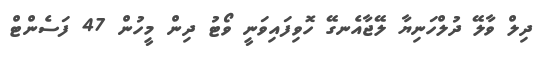
ދިލް ވާލޭ ދުލްހަނިޔާ ލޭޖާއެނގޭ ހޮވިފައިވަނީ ވޯޓު ދިން މީހުން 47 ފަސެންޓް